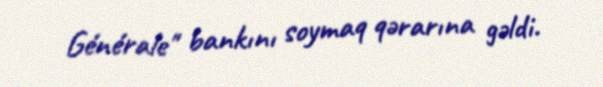
Générale'' bankını soymaq qərarına gəldi.